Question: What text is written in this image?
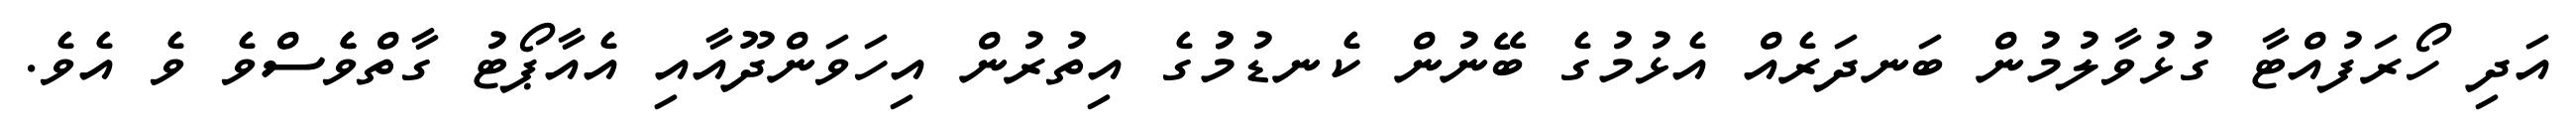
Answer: އަދި ހޯރަފުއްޓާ ގުޅުވާލުމުން ބަނދަރެއް އެޅުމުގެ ބޭނުން ކެނޑުމުުގެ އިތުރުން އިހަވަންދޫއާއި އެއާޕޯޓު ގާތްވެެސްވެ ވެ އެވެ.